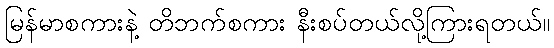
မြန်မာစကားနဲ့ တိဘက်စကား နီးစပ်တယ်လို့ကြားရတယ်။